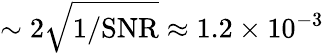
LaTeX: \sim 2\sqrt{1/\mathrm{{SNR}}}\approx 1.2\times 10^{-3}